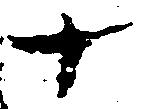
十